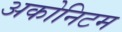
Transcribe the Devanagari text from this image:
अकोनिटम